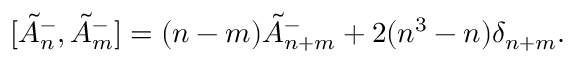
[ \tilde { A } _ { n } ^ { - } , \tilde { A } _ { m } ^ { - } ] = ( n - m ) \tilde { A } _ { n + m } ^ { - } + 2 ( n ^ { 3 } - n ) \delta _ { n + m } .